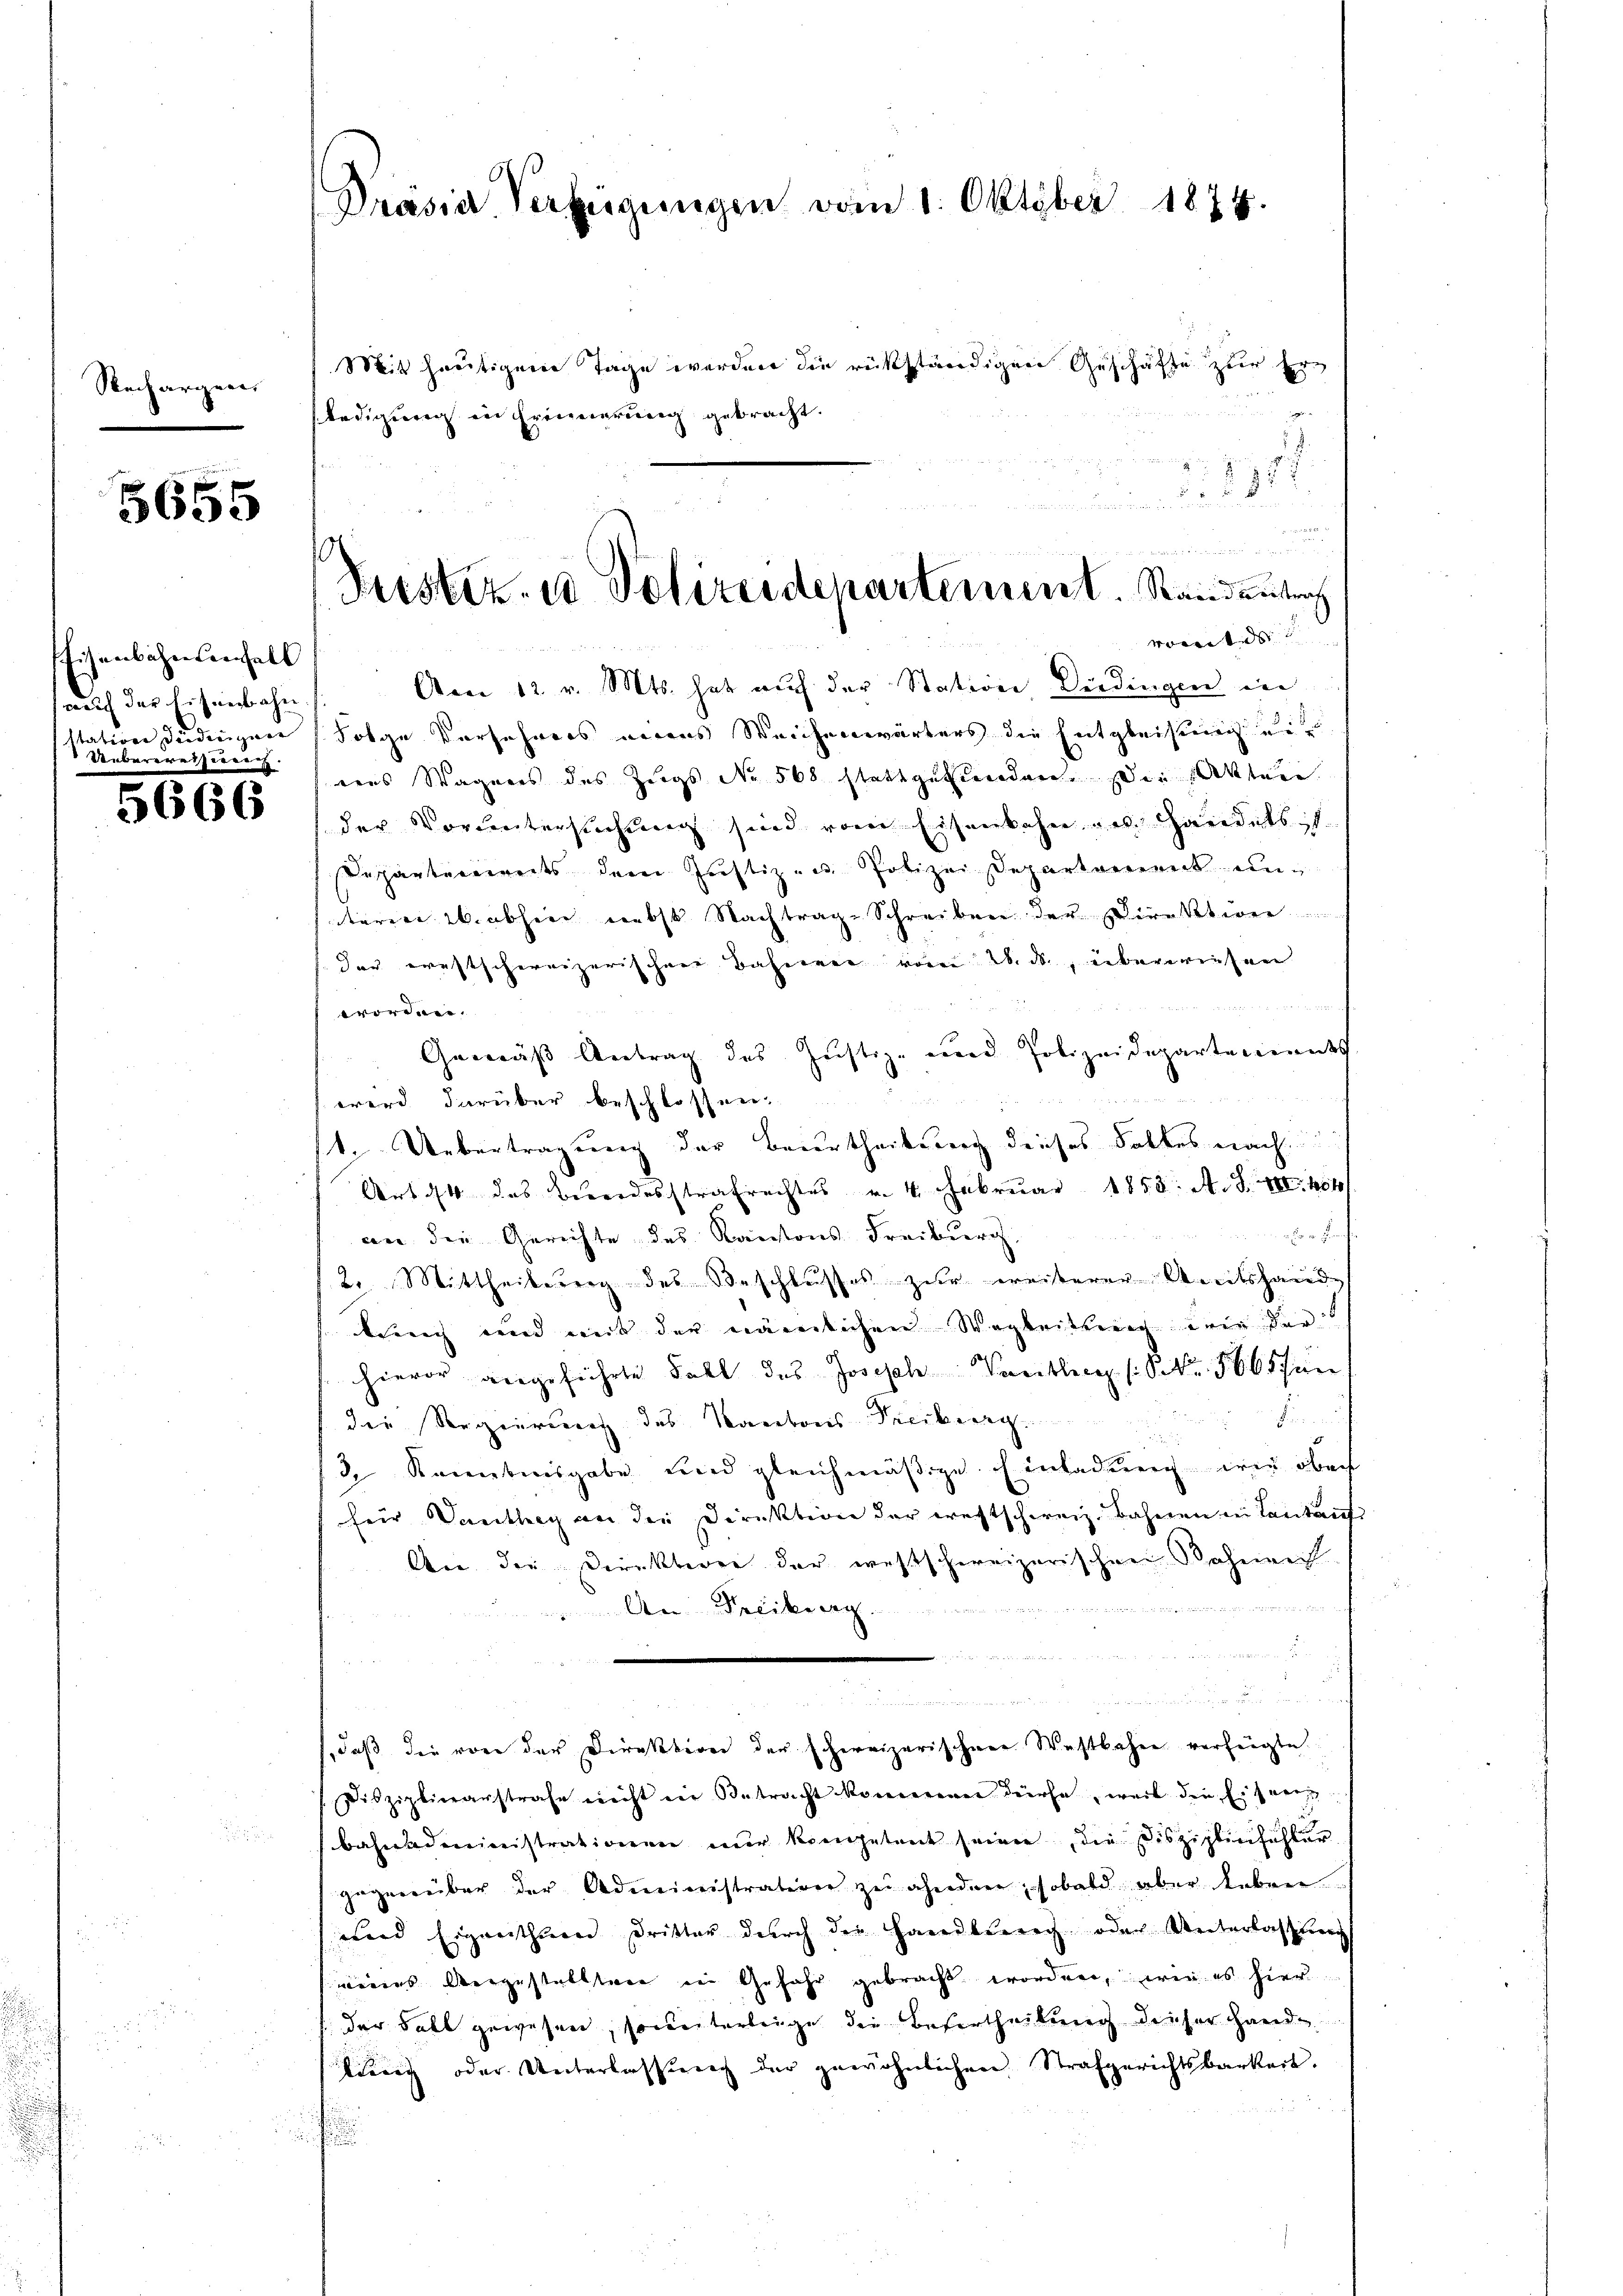
Rechargen

5655

Eisenbahresenfall
aauch der Eisenbahn
station Jüdirigen
Ueberreisung.

5666

Präsia. Verfügŭngen vom 1. Oktober 1874.

n
s
Sistiz- & Polizeidepartement. Randentrag

Mit heutigen Tage werden die rückständigen Geschäfte zur Erledigung in Erinnerung gebracht.
 1827
.
vorort der |
Am 12. v. Mts. hat auf der Station Diedingen in
Folge Vorsehrers eins Weichenwärters die Entgleichung ei
nns Wagens des Zugs No 568 stattgefunden. Die Akten
der Voruntersuchung sind vom Eisenbahn zu Handels is
Departenereits dem Justiz- u. Polizei Departement untären W. abhin nebst Nachtrag-Schreiben der Direktione
der erechtschereizerischen Bahnen vom 26. ds. überwiesen
worden.
Gemäß Antrag des Justiz- und Polizeidepartements
22
wird darüber beschlossen.
1. Uebertragung der Beurtheilung dieses Falkes nach
Art. 44 das Berordesstrafrechtes v. 4. Februar 1853. A. S. VII. 404

an die Gerichte des Kantons Freiburg
2. Mittheilung des Beschlusses zur weiterer Abreitshande
kling und mit der nämlichen Wegleitung ein der
hievor angeführte Fall des Joseph Vartlich (S. Nr. 5665 fün
die Regierung des Kantons Treiburg.
2 Kenntnisgabe und gleichmäßige Einladung wie oben
(für Danthey an die Direktion der rechtschweiz. Bahnen in Lantant
An die Direktiven der westschweizerischen Bahnen

An Freiburg.
un
n
ade der au
daß die von der Direktion der Ehereizerischen Westbahne verfügte
Disziplinarstrafe nicht ein Betracht komerern dürfe, weil die Eiseren
Bahnadministrationen nur kompetent seinen, die Disziplinfahler
gegenüber der Administration zu ahndere, sobald aber leben
unnd Eigenthum Dritter durch der Handberech oder Unterlassung
wenes Angestellten in Gefahr gebracht worden, wie es hier
der Fall gewesen, soweiterlinge die Besurtheilung dieser Hande
llung oder Unterlassung der gewöhnlichen Strafgerichtsbarkeit.
f